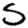
Digit: 5